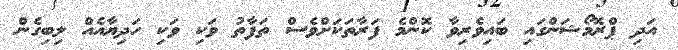
އަދި ޕްރޮމޯޝަންގައި ބައިވެރިވާ ކޮންމެ ފަރާތަކަށްވެސް ތަފާތު ވަކި ވަކި ހަދިޔާއެއް ލިބިގެން